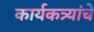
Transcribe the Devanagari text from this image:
कार्यकत्र्यांचे